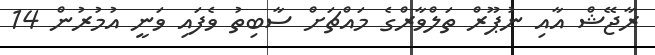
ރާޖޭޝް އާއި ނުޕޫރް ތަލްވާރްގެ މައްޗަށް ސާބިތު ވެފައި ވަނީ އުމުރުން 14